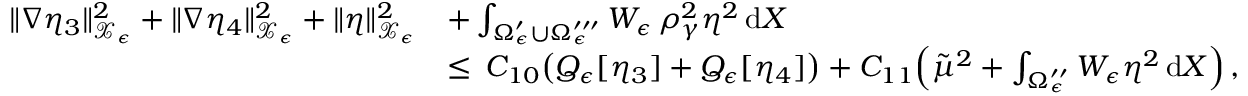
\begin{array} { r l } { \| \nabla \eta _ { 3 } \| _ { \mathcal { X } _ { \epsilon } } ^ { 2 } + \| \nabla \eta _ { 4 } \| _ { \mathcal { X } _ { \epsilon } } ^ { 2 } + \| \eta \| _ { \mathcal { X } _ { \epsilon } } ^ { 2 } } & { + \int _ { \Omega _ { \epsilon } ^ { \prime } \cup \Omega _ { \epsilon } ^ { \prime \prime \prime } } W _ { \epsilon } \, \rho _ { \gamma } ^ { 2 } \eta ^ { 2 } \, \mathrm { d } X } \\ { \, } & { \le \, C _ { 1 0 } \bigl ( Q _ { \epsilon } [ \eta _ { 3 } ] + Q _ { \epsilon } [ \eta _ { 4 } ] \bigr ) + C _ { 1 1 } \Bigl ( \tilde { \mu } ^ { 2 } + \int _ { \Omega _ { \epsilon } ^ { \prime \prime } } W _ { \epsilon } \eta ^ { 2 } \, \mathrm { d } X \Bigr ) \, , } \end{array}